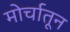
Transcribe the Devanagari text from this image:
मोर्चातून